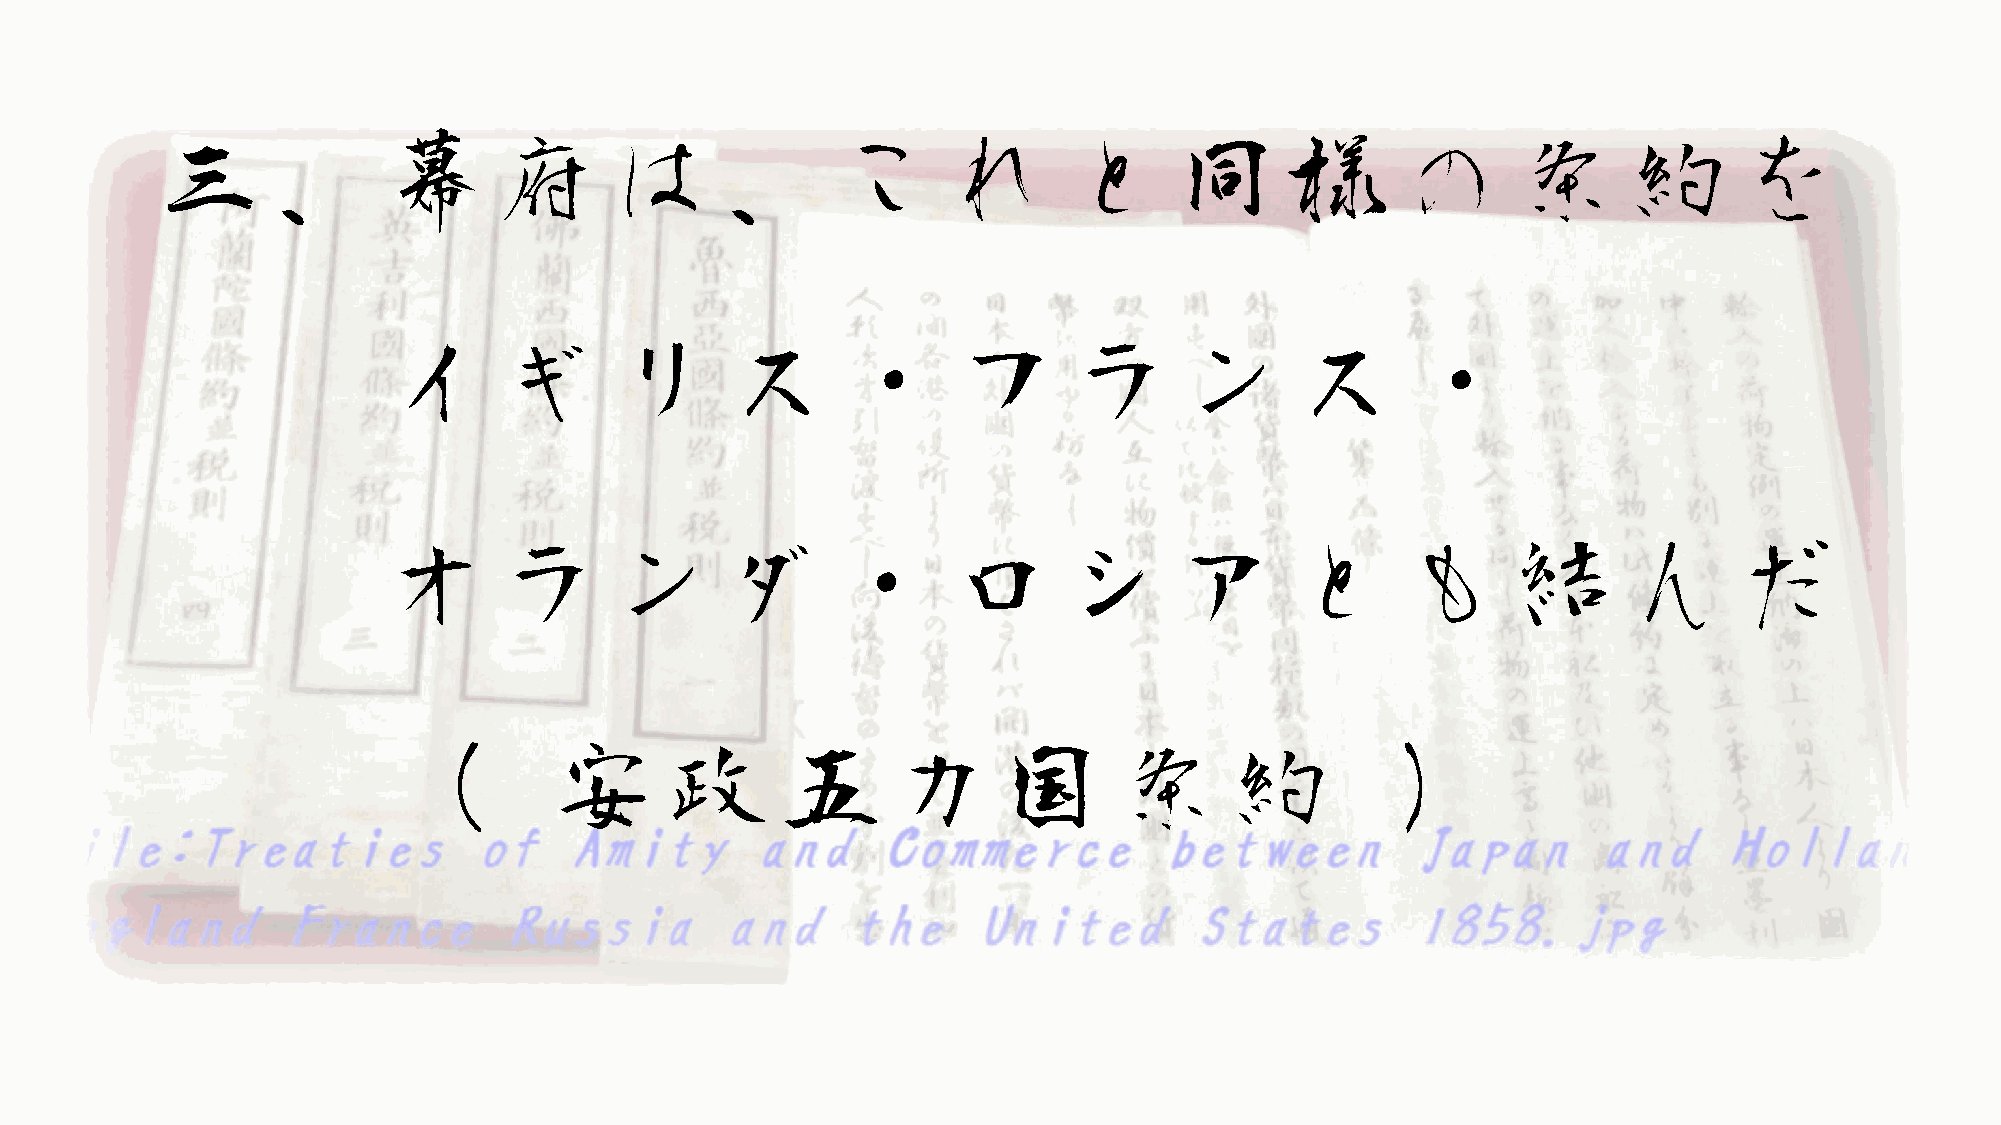
三、幕府は、これと同様の条約を
 イギリス・フランス・
 オランダ・ロシアとも結んだ
 （          安政五カ国条約                                                 ）